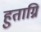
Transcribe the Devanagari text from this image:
हुताग्नि